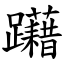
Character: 躤